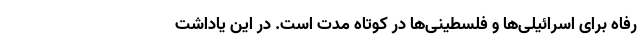
رفاه برای اسرائیلی‌ها و فلسطینی‌ها در کوتاه مدت است. در این یاداشت